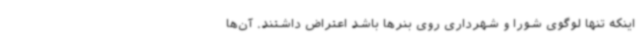
اینکه تنها لوگوی شورا و شهرداری روی بنرها باشد اعتراض داشتند. آن‌ها